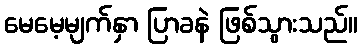
မေမေ့မျက်နှာ ပြာခနဲ ဖြစ်သွားသည်။